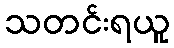
သတင်းရယူ